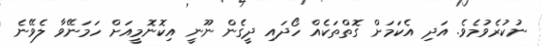
ނުކުރެވުމެވެ. އަދި އެކަމަށް ގޮތްތަކެއް ހޯދައި ދީގެން ނޫނީ އިކޮނޮމީއަށް ހަމަނޭވާ ލެވޭނެ